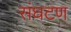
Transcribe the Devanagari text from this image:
संघटण